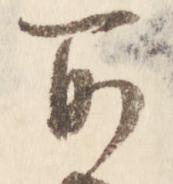
所